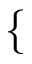
\{